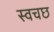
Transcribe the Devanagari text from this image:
स्वचछ